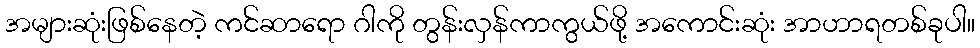
အများဆုံးဖြစ်နေတဲ့ ကင်ဆာရော ဂါကို တွန်းလှန်ကာကွယ်ဖို့ အကောင်းဆုံး အာဟာရတစ်ခုပါ။